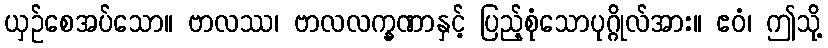
ယှဉ်စေအပ်သော။ ဗာလဿ၊ ဗာလလက္ခဏာနှင့် ပြည့်စုံသောပုဂ္ဂိုလ်အား။ ဧဝံ၊ ဤသို့